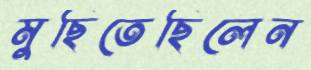
মুছিতেছিলেন